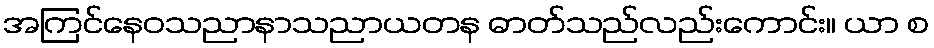
အကြင်နေဝသညာနာသညာယတန ဓာတ်သည်လည်းကောင်း။ ယာ စ